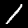
Label: 1